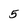
Character: 5